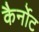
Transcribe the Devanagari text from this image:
कैर्नोट